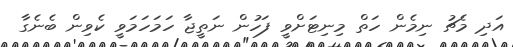
އަދި މެޗު ނިމެން ހަތް މިނިޓަށްވީ ފަހުން ނަތީޖާ ހަމަހަމަވީ ކެވިން ބެނެގާ